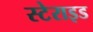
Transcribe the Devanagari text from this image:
स्टेराइड